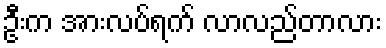
ဦးက အားလပ်ရက် လာလည်တာလား